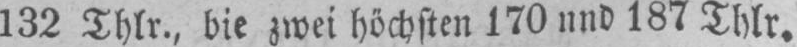
132 Thlr., bie zwei höchsten 170 nnd 187 Thlr.